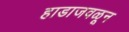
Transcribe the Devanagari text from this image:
हाडाजवळून